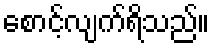
စောင့်လျက်ရိသည်။